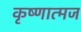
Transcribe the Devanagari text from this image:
कृष्णात्मज